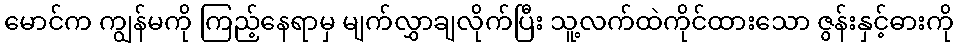
မောင်က ကျွန်မကို ကြည့်နေရာမှ မျက်လွှာချလိုက်ပြီး သူ့လက်ထဲကိုင်ထားသော ဇွန်းနှင့်ဓားကို